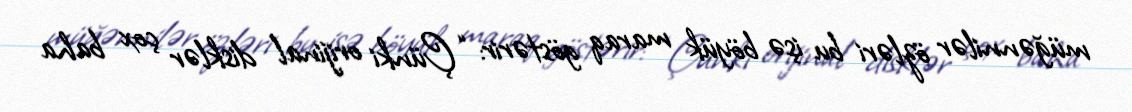
müğənnilər özləri bu işə böyük maraq göstərir: “Çünki orijinal disklər çox baha